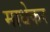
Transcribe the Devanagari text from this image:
माधेकर